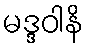
မဒ္ဒဝါနိ